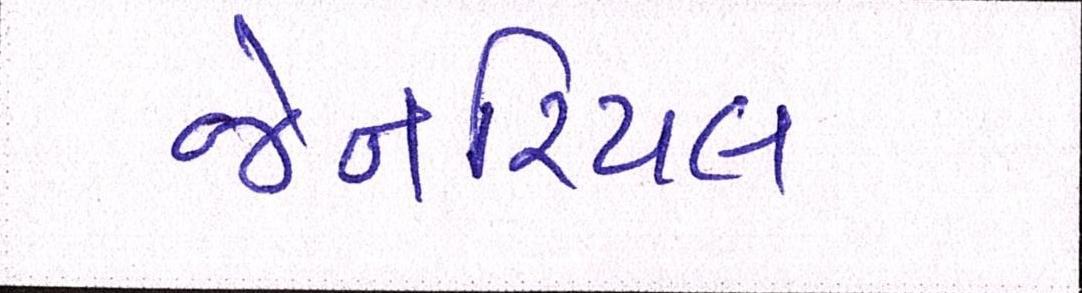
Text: જેનરિયલ